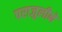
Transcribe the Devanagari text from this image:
पराजुलीने